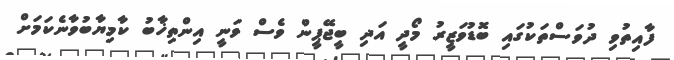
ފާއިތުވި ދުވަސްތަކުގައި ބޮޑުވަޒީރު މޯދީ އަދި ބީޖޭޕީން ވެސް ވަނީ އިންތިޚާބު ކާމިޔާބުވާނެކަމަށް